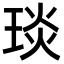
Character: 琰